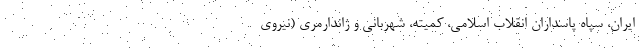
ایران، سپاه پاسداران انقلاب اسلامی، کمیته، شهربانی و ژاندارمری (نیروی